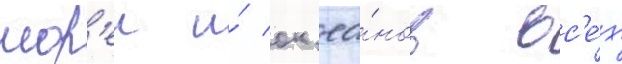
мор'еи и́ ок'еа́нов вс'е́х